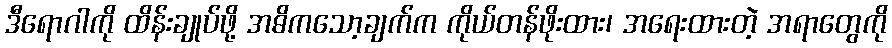
ဒီရောဂါကို ထိန်းချုပ်ဖို့ အဓိကသော့ချက်က ကိုယ်တန်ဖိုးထား၊ အရေးထားတဲ့ အရာတွေကို